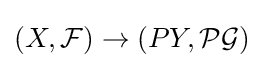
(X,{\mathcal {F}})\to (PY,{\mathcal {PG}})